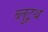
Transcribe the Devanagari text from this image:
ब्लुटूथ